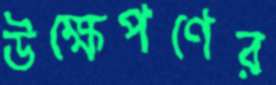
উক্ষেপণের